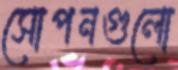
সোপনগুলো